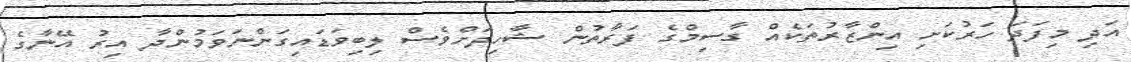
އަދި މިފަދަ ހަރުކަށި އިންޒާރުތަކެއް ގާސިމްގެ ފަރާތުން ޝާހިދަށްވެސް ލިބިވަޑައިގަންނަވަމުންދާ އިރު އޭނާގެ